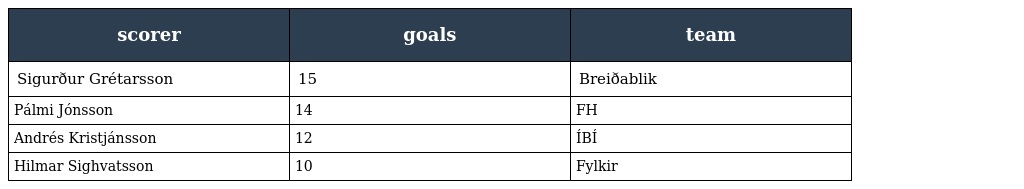
| scorer | goals | team |
 | --- | --- | --- |
 | Sigurður Grétarsson | 15 | Breiðablik |
 | Pálmi Jónsson | 14 | FH |
 | Andrés Kristjánsson | 12 | ÍBÍ |
 | Hilmar Sighvatsson | 10 | Fylkir |